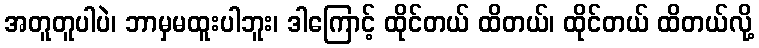
အတူတူပါပဲ၊ ဘာမှမထူးပါဘူး၊ ဒါကြောင့် ထိုင်တယ် ထိတယ်၊ ထိုင်တယ် ထိတယ်လို့